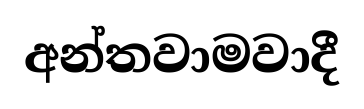
අන්තවාමවාදී